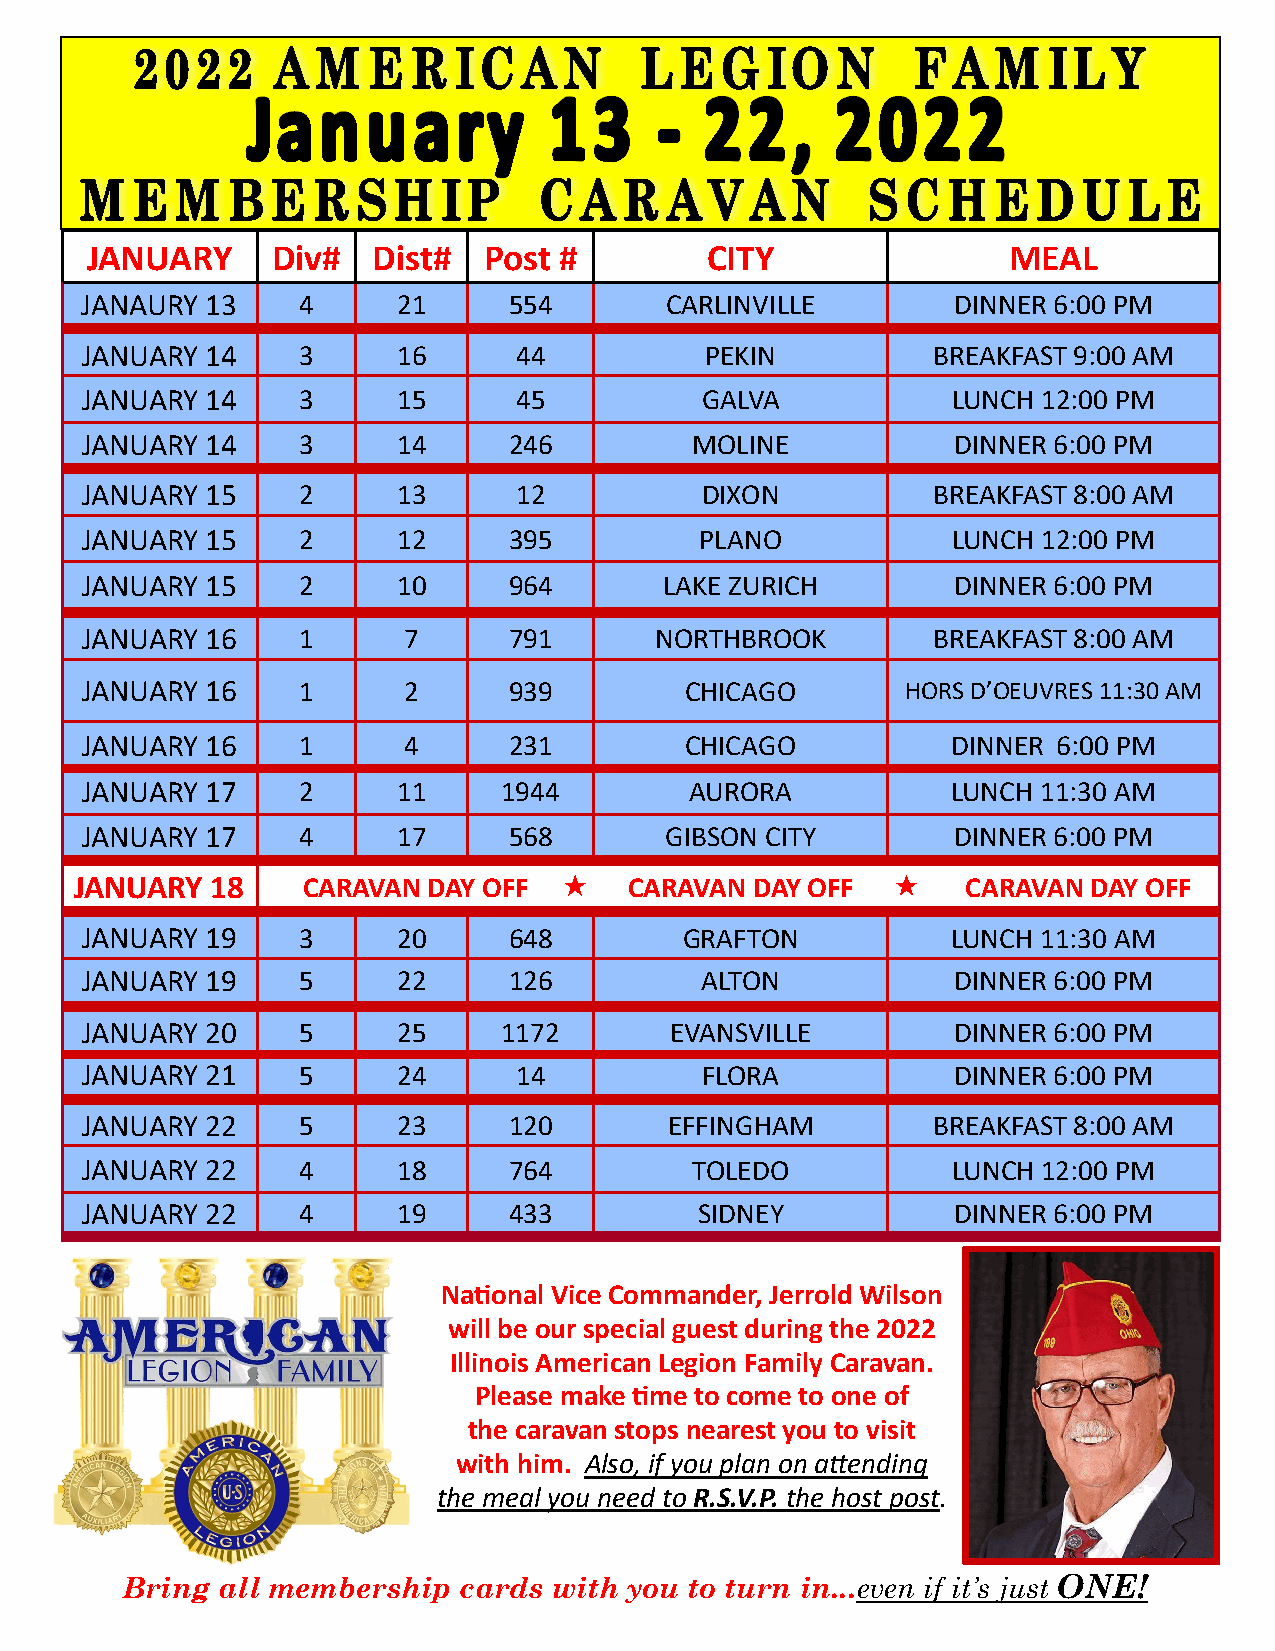
JANUARY     Div#   Dist#  Post #         CITY                MEAL
 JANAURY  13    4     21      554       CARLINVILLE        DINNER 6:00 PM
 JANUARY  14    3     16      44           PEKIN          BREAKFAST 9:00 AM
 JANUARY  14    3     15      45          GALVA            LUNCH 12:00 PM
 JANUARY  14    3     14      246         MOLINE           DINNER 6:00 PM
 JANUARY  15    2     13      12          DIXON           BREAKFAST 8:00 AM
 JANUARY  15    2     12      395         PLANO            LUNCH 12:00 PM
 JANUARY  15    2     10      964       LAKE ZURICH        DINNER 6:00 PM
 JANUARY  16    1      7      791      NORTHBROOK         BREAKFAST 8:00 AM
 JANUARY  16    1      2      939        CHICAGO        HORS D’OEUVRES 11:30 AM
 JANUARY  16    1      4      231        CHICAGO           DINNER 6:00 PM
 JANUARY  17    2     11     1944         AURORA           LUNCH 11:30 AM
 JANUARY  17    4     17      568       GIBSON CITY        DINNER 6:00 PM
 JANUARY  18    CARAVAN DAY OFF      CARAVAN DAY OFF      CARAVAN DAY OFF
 JANUARY  19    3     20      648        GRAFTON           LUNCH 11:30 AM
 JANUARY  19    5     22      126         ALTON            DINNER 6:00 PM
 JANUARY  20    5     25     1172       EVANSVILLE         DINNER 6:00 PM
 JANUARY  21    5     24      14          FLORA            DINNER 6:00 PM
 JANUARY  22    5     23      120       EFFINGHAM         BREAKFAST 8:00 AM
 JANUARY  22    4     18      764         TOLEDO           LUNCH 12:00 PM
 JANUARY  22    4     19      433         SIDNEY           DINNER 6:00 PM
 National Vice Commander, Jerrold Wilson
 will be our special guest during the 2022
 Illinois American Legion Family Caravan.
 Please make time to come to one of
 the caravan stops nearest you to visit
 with him. Also, if you plan on attending
 the meal you need to R.S.V.P. the host post.
 Bring all membership  cards  with you to turn in...even if it’s just ONE!